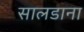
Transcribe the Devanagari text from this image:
सालडाना